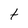
Character: t